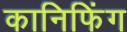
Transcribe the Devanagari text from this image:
कानिफिंग